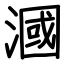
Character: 漍